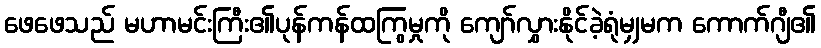
ဖေဖေသည် မဟာမင်းကြီး၏ပုန်ကန်ထကြွမှုကို ကျော်လွှားနိုင်ခဲ့ရုံမျှမက ကောက်ဂျီ၏